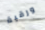
ورقية